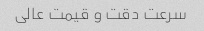
سرعت دقت و قیمت عالی